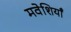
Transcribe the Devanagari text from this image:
मवेशियाँ